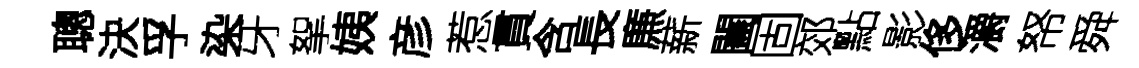
聰決孚染牙挐姨彦惹貫含長㢘薪闔固郊點影侈灂帑舜